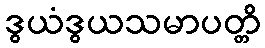
ဒွယံဒွယသမာပတ္တိ